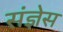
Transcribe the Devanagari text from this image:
संज्ञेस